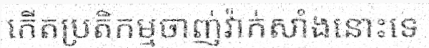
កើតប្រតិកម្មចាញ់វ៉ាក់សាំងនោះទេ